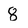
Character: 8